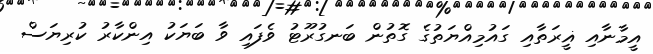
އީމާނާއި ޣީރަތާއި ގައުމިއްޔަތުގެ ގޮތުން ބަނގުރޫޓު ވެފައި ވާ ބަޔަކު އިންކާރު ކުރިޔަސް